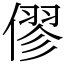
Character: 僇